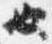
也